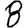
Digit: 8